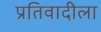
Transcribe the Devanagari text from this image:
प्रतिवादीला